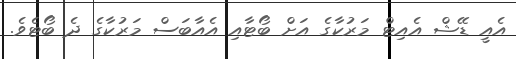
އެއީ ޑޭޝް އެއިޓް މަރުކާގެ އަށް ބޯޓާއި އެއާބަސް މަރުކާގެ ދެ ބޯޓެވެ.